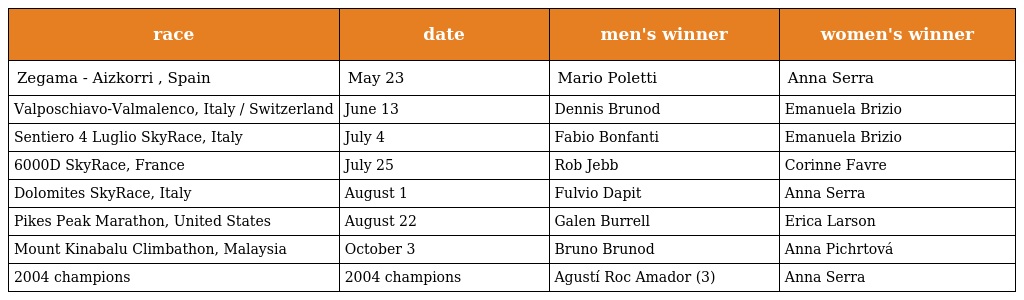
| race | date | men's winner | women's winner |
 | --- | --- | --- | --- |
 | Zegama - Aizkorri , Spain | May 23 | Mario Poletti | Anna Serra |
 | Valposchiavo-Valmalenco, Italy / Switzerland | June 13 | Dennis Brunod | Emanuela Brizio |
 | Sentiero 4 Luglio SkyRace, Italy | July 4 | Fabio Bonfanti | Emanuela Brizio |
 | 6000D SkyRace, France | July 25 | Rob Jebb | Corinne Favre |
 | Dolomites SkyRace, Italy | August 1 | Fulvio Dapit | Anna Serra |
 | Pikes Peak Marathon, United States | August 22 | Galen Burrell | Erica Larson |
 | Mount Kinabalu Climbathon, Malaysia | October 3 | Bruno Brunod | Anna Pichrtová |
 | 2004 champions | 2004 champions | Agustí Roc Amador (3) | Anna Serra |